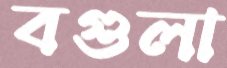
বগুলা